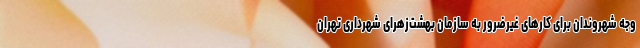
وجه شهروندان برای کارهای غیرضرور به سازمان بهشت‌زهرای شهرداری تهران